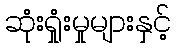
ဆုံးရှုံးမှုများနှင့်